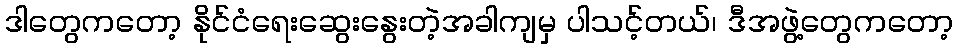
ဒါတွေကတော့ နိုင်ငံရေးဆွေးနွေးတဲ့အခါကျမှ ပါသင့်တယ်၊ ဒီအဖွဲ့တွေကတော့